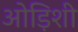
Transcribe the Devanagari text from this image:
ओड़िशी